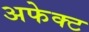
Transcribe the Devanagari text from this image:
अफेक्ट